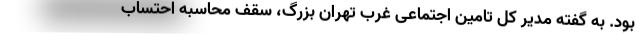
بود. به گفته مدیر کل تامین اجتماعی غرب تهران بزرگ، سقف محاسبه احتساب